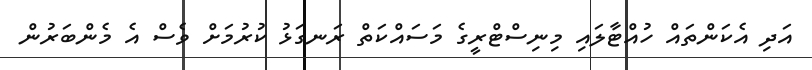
އަދި އެކަންތައް ހުއްޓާލައި މިނިސްޓްރީގެ މަސައްކަތް ރަނގަޅު ކުރުމަށް ވެސް އެ މެންބަރުން